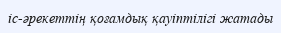
іс-әрекеттің қоғамдық қауіптілігі жатады